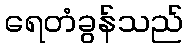
ရေတံခွန်သည်